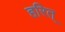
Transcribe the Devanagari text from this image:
हरित्‌